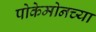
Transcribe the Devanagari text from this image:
पोकेमोनच्या